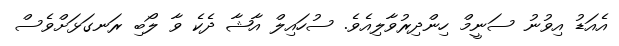
އެއަޑު އިވުނު ސަނީމް ހިންދިރުވާލިއެވެ. ސުހައިލް އާޝާ ދެކެ ވާ ލޯބި ރަނގަޅަށްވެސް